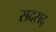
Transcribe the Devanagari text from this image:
सदसद्